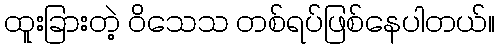
ထူးခြားတဲ့ ဝိသေသ တစ်ရပ်ဖြစ်နေပါတယ်။